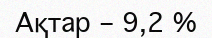
Ақтар – 9,2 %